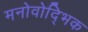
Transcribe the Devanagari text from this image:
मनोवोद्भिक